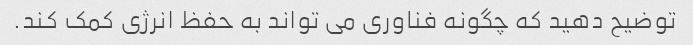
توضیح دهید که چگونه فناوری می تواند به حفظ انرژی کمک کند.